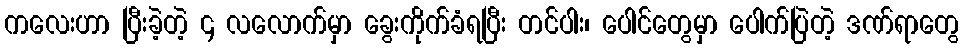
ကလေးဟာ ပြီးခဲ့တဲ့ ၄ လလောက်မှာ ခွေးကိုက်ခံရပြီး တင်ပါး၊ ပေါင်တွေမှာ ပေါက်ပြဲတဲ့ ဒဏ်ရာတွေ